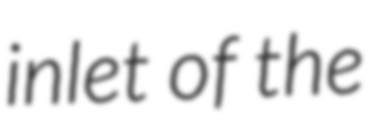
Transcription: inlet of the